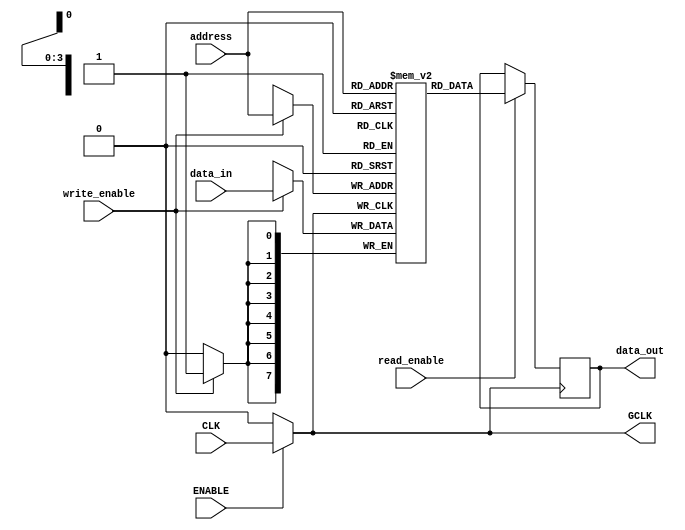
module static_clock_gating (
    input wire CLK,          // Main clock signal
    input wire ENABLE,       // Gating control signal
    output wire GCLK,        // Gated clock signal
    input wire [7:0] data_in, // Data input for memory block
    output reg [7:0] data_out, // Data output from memory block
    input wire write_enable,  // Write enable signal
    input wire read_enable,   // Read enable signal
    input wire [3:0] address  // Address for memory access
);

    // Gated clock logic
    assign GCLK = ENABLE ? CLK : 1'b0;

    // Memory block (example: 16 x 8-bit SRAM)
    reg [7:0] memory [0:15]; // 16 locations of 8-bit memory

    // Memory operations
    always @(posedge GCLK) begin
        if (write_enable) begin
            memory[address] <= data_in; // Write data to memory
        end
        if (read_enable) begin
            data_out <= memory[address]; // Read data from memory
        end
    end

endmodule